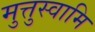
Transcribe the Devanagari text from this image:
मुत्तुस्वामि